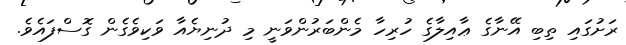
ރަށުގައި ތިބި އޭނާގެ ޢާއިލާގެ ހުރިހާ މެންބަރުންވަނީ މި ދުނިޔެއާ ވަކިވެގެން ގޮސްފައެވެ.